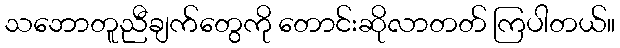
သဘောတူညီချက်တွေကို တောင်းဆိုလာတတ် ကြပါတယ်။